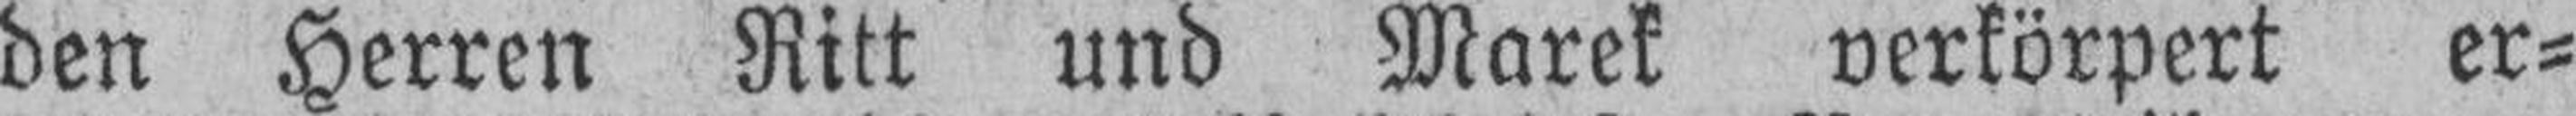
den Herren Ritt und Marek verkörpert er¬